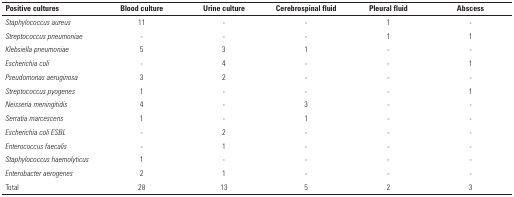
| Positive cultures | Blood culture | Urine culture | Cerebrospinal fluid | Pleural fluid | Abscess |
 | --- | --- | --- | --- | --- | --- |
 | Staphylococcus aureus | 11 | - | - | 1 | - |
 | Streptococcus pneumoniae | - | - | - | 1 | 1 |
 | Klebsiella pneumoniae | 5 | 3 | 1 | - | - |
 | Escherichia coli | - | 4 | - | - | 1 |
 | Pseudomonas aeruginosa | 3 | 2 | - | - | - |
 | Streptococcus pyogenes | 1 | - | - | - | 1 |
 | Neisseria meningitidis | 4 | - | 3 | - | - |
 | Serratia marcescens | 1 | - | 1 | - | - |
 | Escherichia coli ESBL | - | 2 | - | - | - |
 | Enterococcus faecalis | - | 1 | - | - | - |
 | Staphylococcus haemolyticus | 1 | - | - | - | - |
 | Enterobacter aerogenes | 2 | 1 | - | - | - |
 | Total | 28 | 13 | 5 | 2 | 3 |